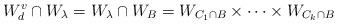
LaTeX: \begin{align*}W_d^v \cap W_\lambda = W_\lambda \cap W_B = W_{C_1\cap B} \times \cdots\times W_{C_k\cap B}\end{align*}